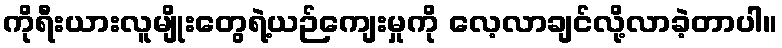
ကိုရီးယားလူမျိုးတွေရဲ့ယဉ်ကျေးမှုကို လေ့လာချင်လို့လာခဲ့တာပါ။